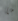
ما